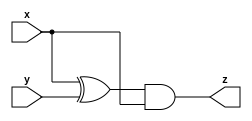
// This program was cloned from: https://github.com/Yvan-xy/verilog-doc
// License: GNU General Public License v2.0

module top_module (input x, input y, output z);
    assign z = (x^y)&x;
endmodule